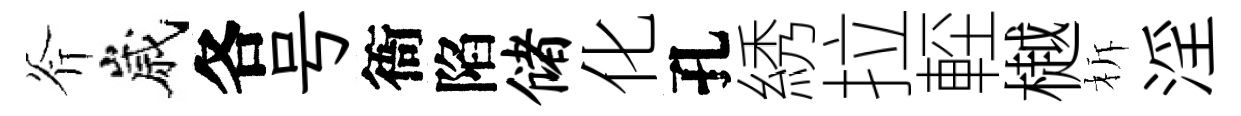
斧嵗各号衙陷储化孔綉拉䡖樾柝淫